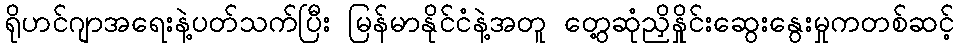
ရိုဟင်ဂျာအရေးနဲ့ပတ်သက်ပြီး မြန်မာနိုင်ငံနဲ့အတူ တွေ့ဆုံညှိနှိုင်းဆွေးနွေးမှုကတစ်ဆင့်